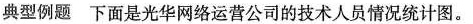
典型例题下面是光华网络运营公司的技术人员情况统计图。